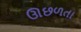
ઊછળતા